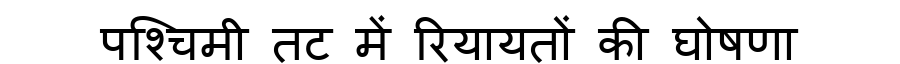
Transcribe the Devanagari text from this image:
पश्चिमी तट में रियायतों की घोषणा